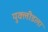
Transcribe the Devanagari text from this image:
युक्लीडला